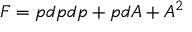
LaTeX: { \cal F } = p d p d p + p d { \cal A } + { \cal A } ^ { 2 }